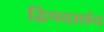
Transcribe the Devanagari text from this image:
द्विपदाछंद